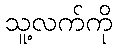
သူ့လက်ကို